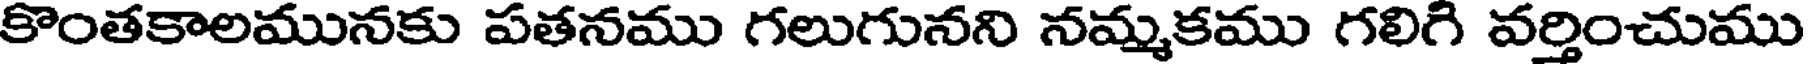
కొంతకాలమునకు పతనము గలుగునని నమ్మకము గలిగి వర్తించుము